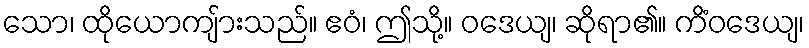
သော၊ ထိုယောကျ်ားသည်။ ဧဝံ၊ ဤသို့။ ဝဒေယျ၊ ဆိုရာ၏။ ကိံဝဒေယျ၊